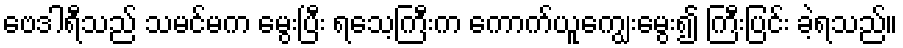
ဗေဒါရီသည် သမင်မက မွေးပြီး ရသေ့ကြီးက ကောက်ယူကျွေးမွေး၍ ကြီးပြင်း ခဲ့ရသည်။